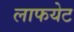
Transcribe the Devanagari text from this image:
लाफयेट